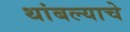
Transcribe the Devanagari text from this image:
थांबल्याचे